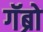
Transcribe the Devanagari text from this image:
गॅब्रो